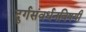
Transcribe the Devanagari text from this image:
दुर्गसंवर्धनविषयी